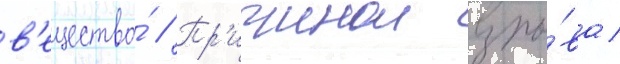
в'ещество́ // Пр'ичинои взры́ва